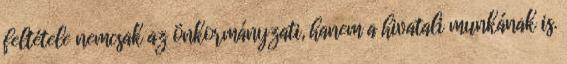
feltétele nemcsak az önkormányzati, hanem a hivatali munkának is.